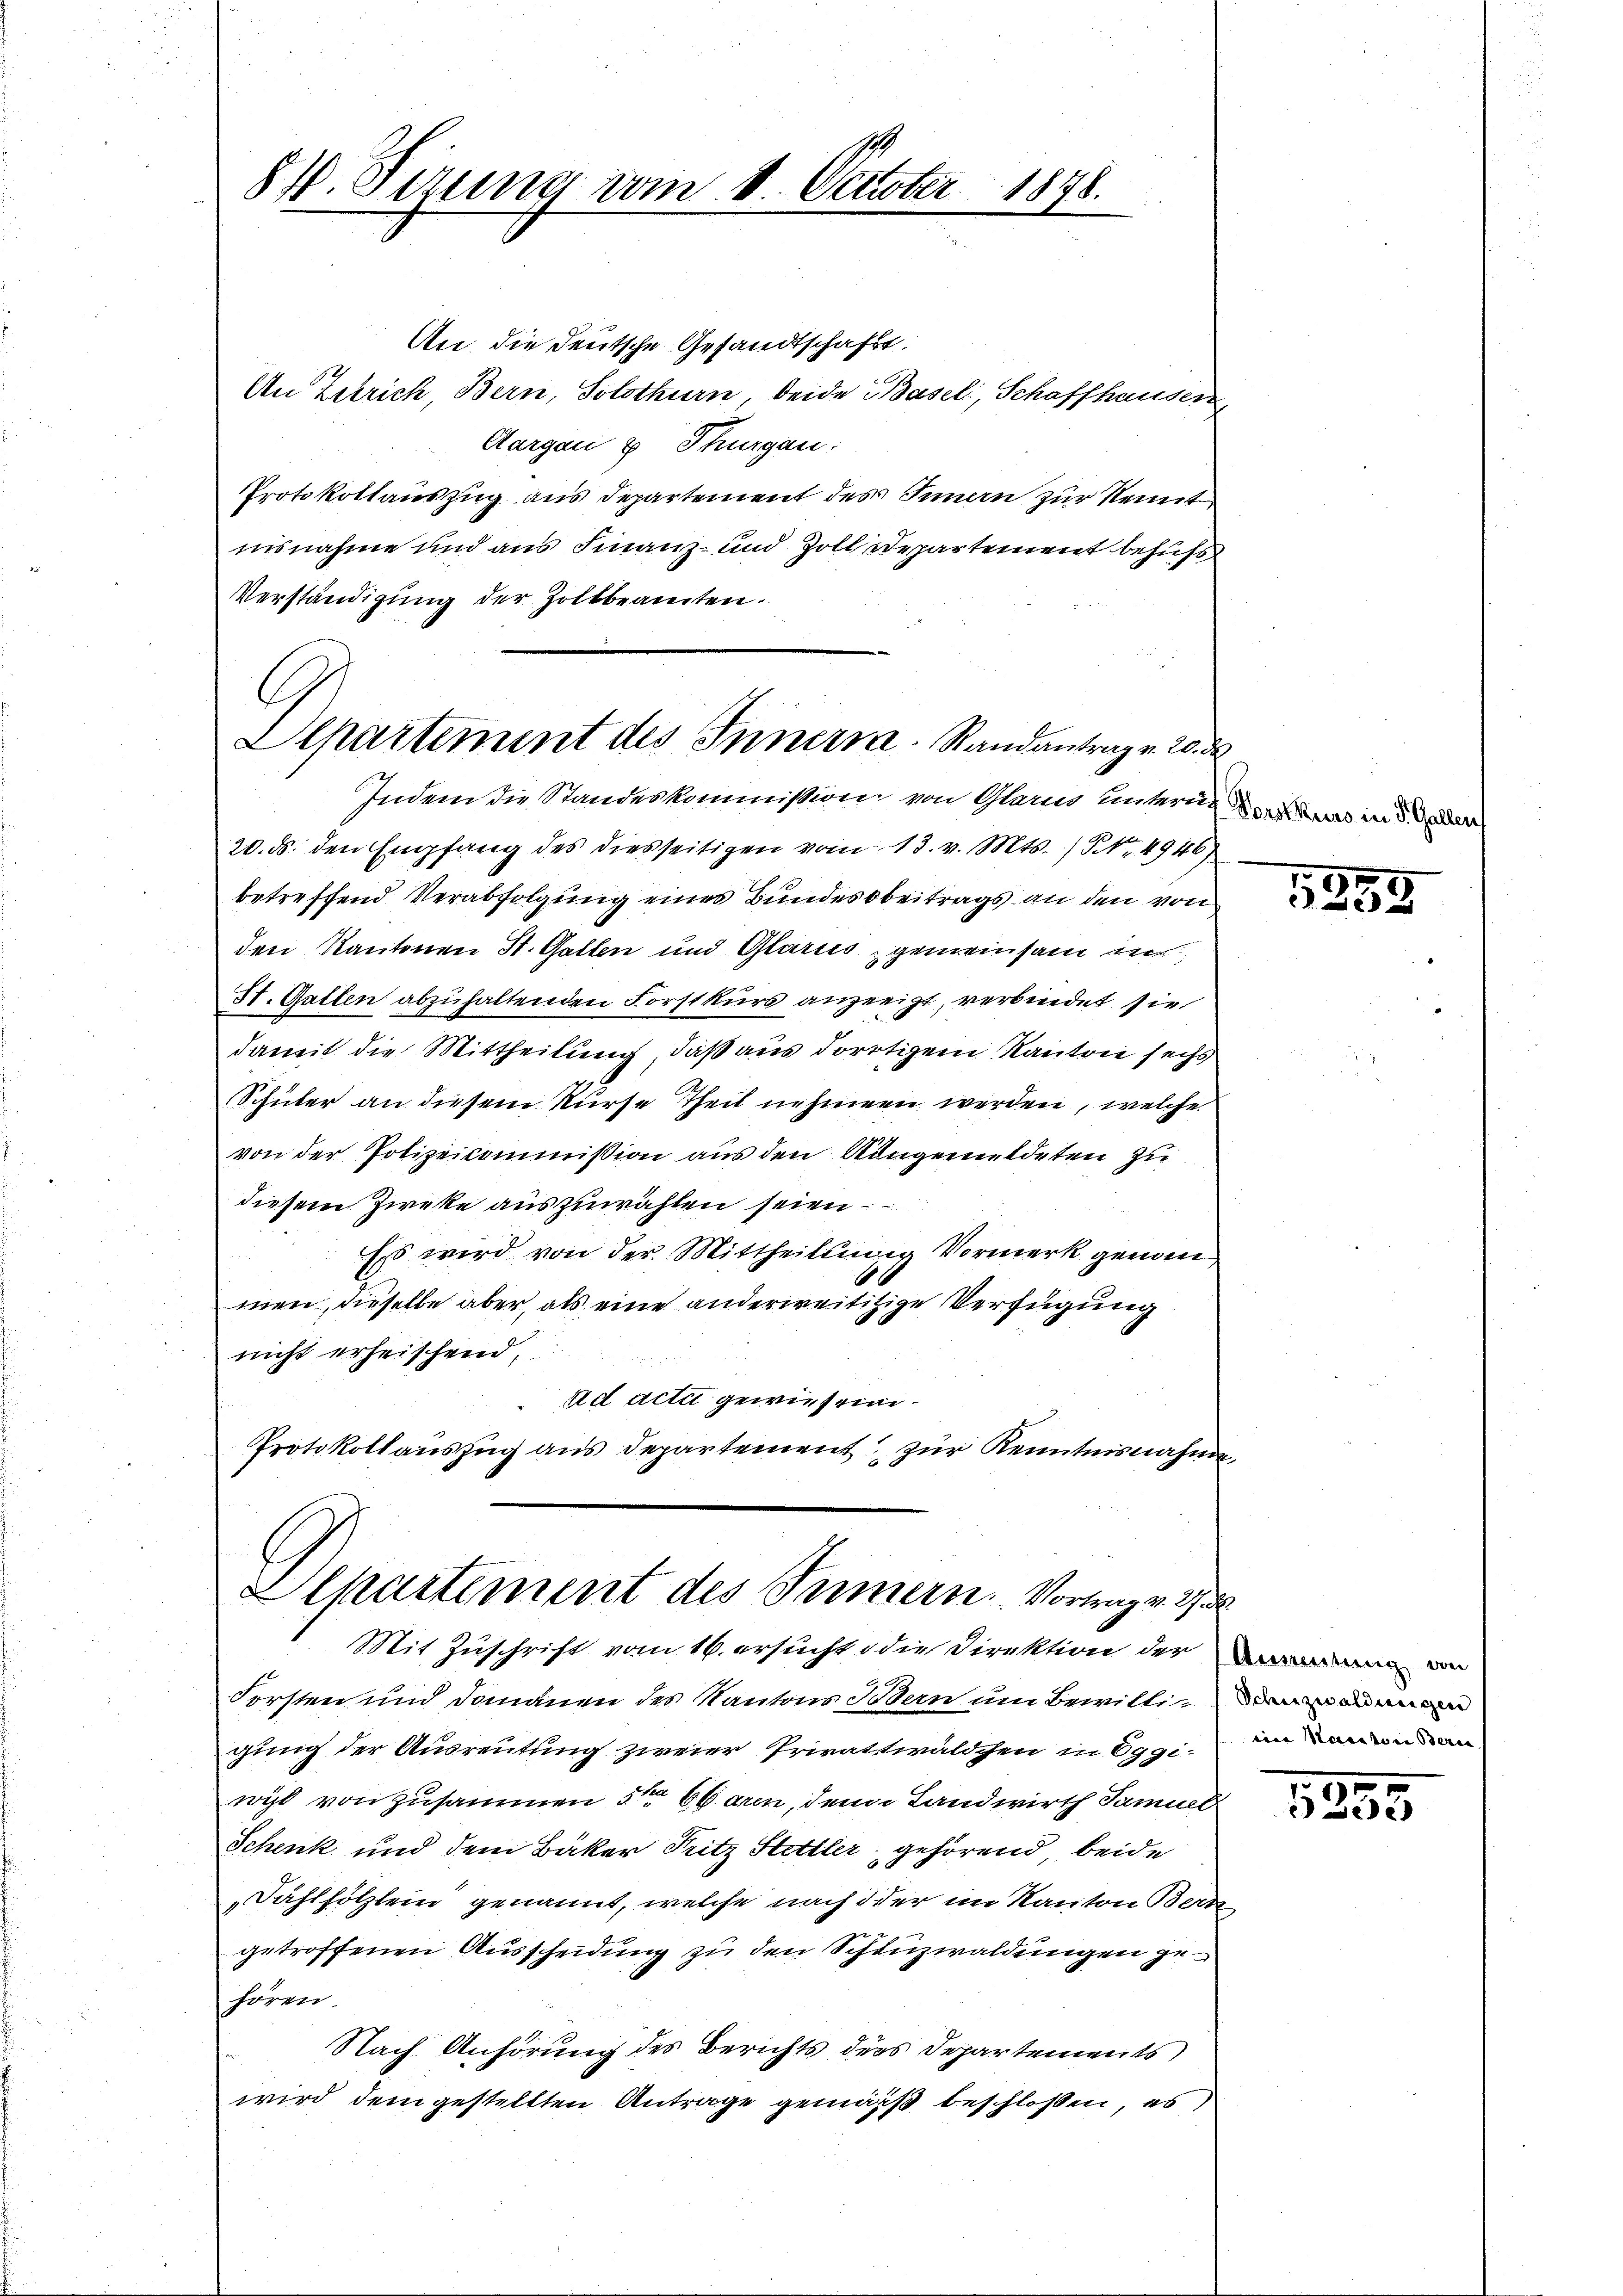
An die deutsche Gesandtschafts
An Zürich, Bern, Solothurn, beide Basel, Schaffhausen,
Aargau & Thurgau.
Protokollauszug aus Departement des Innern zur Kennt
iisnahme und aus Finanz- und Zolldepartement behufs
Verständigung der Zoltbeamten.
C
Alpartement des Innern. Standantragen 20. d

87. Sitzung vom 11. October 1878.

Indem die Standeskommission von Glarus unterne es in den

20. ds. den Empfang des diesseitigen vom 13. v. Mts. / NNo. 4946)
betreffend Verabfolgung eines Bundesbeitrags an den von
den Kantonen St. Gallen und Glarus, gemeinsam un
St. Gatten abzuhaltenden Forstkurs anzeigt, verbindet sie
damit die Mittheilung, daß aus dortigem Kanton sechs
Schüler an diesem Kurse Theil nehmen werden, welche
von der Polizeikommission aus den Ungemuldeten zu
diesem Zweke auszuwählen seien
Ess wird von der Mittheilung Vormerk genommen, dieselbe aber, als eine anderweitigige Verfügung
nicht erheischend,
Ad Acti gewiesen.
Protokollauszug aus Departement zur Kenntnisnahme

Alkartement des Innern. Vortrag v. J
Mit Zuschrift vom 16. ersucht die Direktion der

Forsten und Domanen des Kantons Bern um Bewillionen
gung der Ausreutung zweier Privatwaldchen in Eggiwil von zusammen 5ten 66aren, den Landwirth Samuel
Schenk und dem Bäker Fritz Stettler gehörend beide
Fahlhölzlein genannt, welche nach der im Kanton Bern-
getroffenen Ausscheidung zu den Schinzwaldungen gehören.
Nach Anhörung des Berichts ders Departements
wird dem gestellten Antrage gemäß beschloßen, es

5355

Anzeitung von
mine Manator Bern |

5
3235